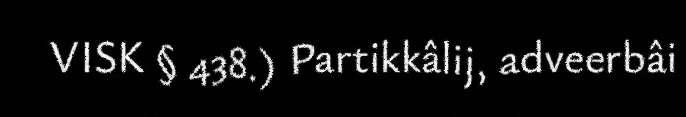
VISK § 438.) Partikkâlij, adveerbâi